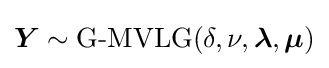
{\boldsymbol {Y}}\sim \mathrm {G} {\text{-}}\mathrm {MVLG} (\delta ,\nu ,{\boldsymbol {\lambda }},{\boldsymbol {\mu }})